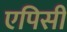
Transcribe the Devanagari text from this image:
एपिसी